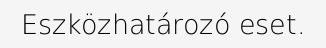
Eszközhatározó eset.